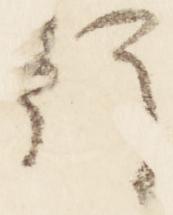
行